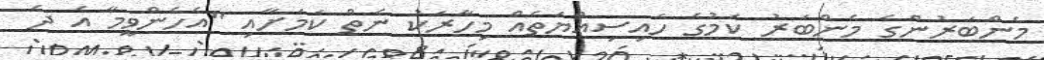
މެންބަރުންގެ މެންބަރު ކަމުގެ ހައިސިއްޔަތެއް މިހާރަކު ނެތް ކަމަށާއި "އެހެންވީމާ އެ ދެ